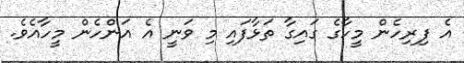
އެ ފިރިހެން މީހާގެ ގައިގާ ތަޅާފައި މި ވަނީ އެ އަންހެން މީހާއެވެ.